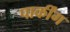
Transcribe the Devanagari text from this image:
पार्कींग